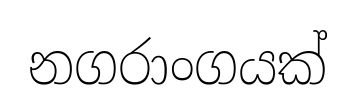
නගරාංගයක්